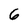
Character: 6